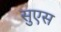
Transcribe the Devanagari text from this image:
सुएस